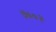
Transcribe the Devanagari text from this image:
७००२